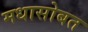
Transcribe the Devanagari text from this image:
मधासोबत